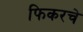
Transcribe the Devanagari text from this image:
फिकरचे